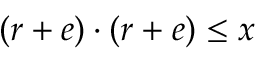
\, ( r + e ) \cdot ( r + e ) \leq x